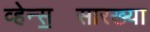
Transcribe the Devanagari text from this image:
व्हेन्स॒सारख्या